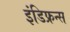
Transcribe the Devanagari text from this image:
इंडिफ्रन्स